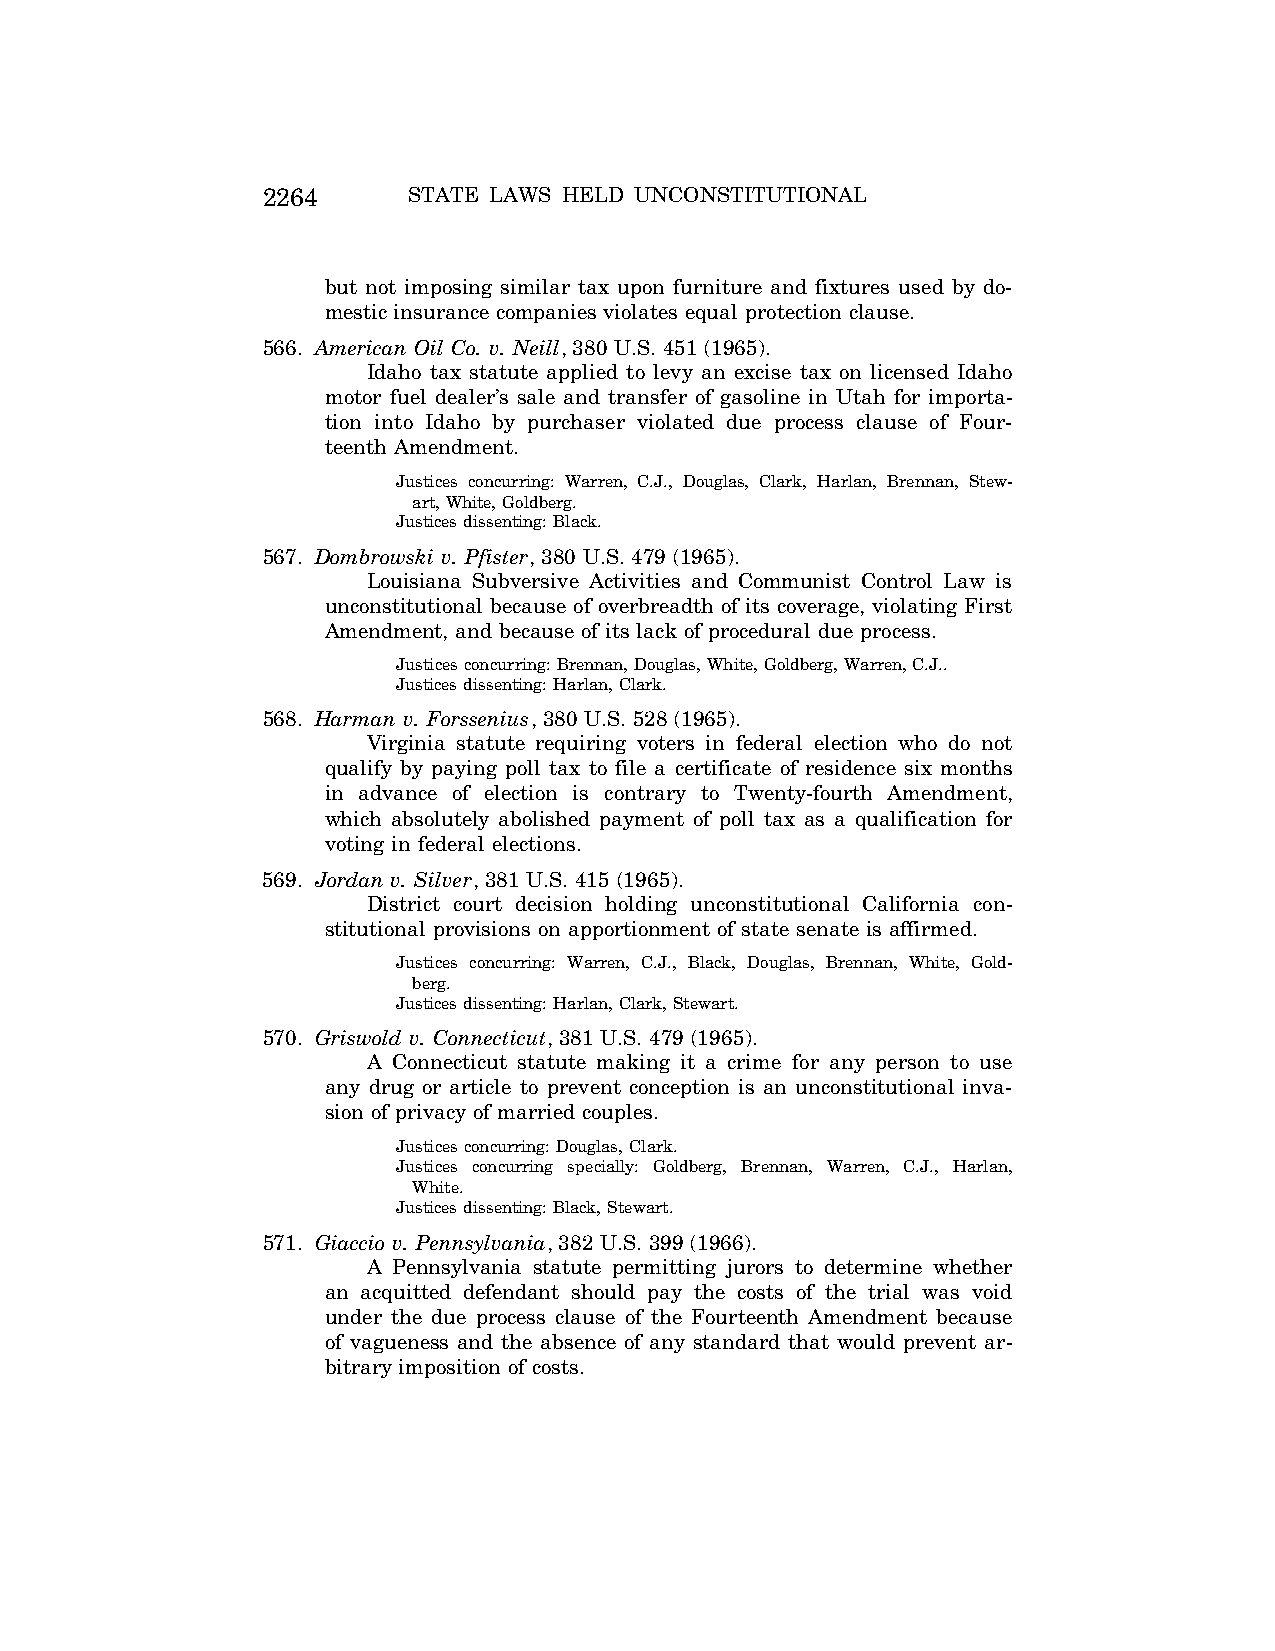
2264      STATE LAWS HELD UNCONSTITUTIONAL
 but not imposing similar tax upon furniture and fixtures used by do-
 mestic insurance companies violates equal protection clause.
 566. American Oil Co. v. Neill, 380 U.S. 451 (1965).
 Idaho tax statute applied to levy an excise tax on licensed Idaho
 motor fuel dealer’s sale and transfer of gasoline in Utah for importa-
 tion into Idaho by purchaser violated due process clause of Four-
 teenth Amendment.
 Justices concurring: Warren, C.J., Douglas, Clark, Harlan, Brennan, Stew-
 art, White, Goldberg.
 Justices dissenting: Black.
 567. Dombrowski v. Pfister, 380 U.S. 479 (1965).
 Louisiana Subversive Activities and Communist Control Law is
 unconstitutional because of overbreadth of its coverage, violating First
 Amendment, and because of its lack of procedural due process.
 Justices concurring: Brennan, Douglas, White, Goldberg, Warren, C.J..
 Justices dissenting: Harlan, Clark.
 568. Harman v. Forssenius, 380 U.S. 528 (1965).
 Virginia statute requiring voters in federal election who do not
 qualify by paying poll tax to file a certificate of residence six months
 in advance of election is contrary to Twenty-fourth Amendment,
 which absolutely abolished payment of poll tax as a qualification for
 voting in federal elections.
 569. Jordan v. Silver, 381 U.S. 415 (1965).
 District court decision holding unconstitutional California con-
 stitutional provisions on apportionment of state senate is affirmed.
 Justices concurring: Warren, C.J., Black, Douglas, Brennan, White, Gold-
 berg.
 Justices dissenting: Harlan, Clark, Stewart.
 570. Griswold v. Connecticut, 381 U.S. 479 (1965).
 A Connecticut statute making it a crime for any person to use
 any drug or article to prevent conception is an unconstitutional inva-
 sion of privacy of married couples.
 Justices concurring: Douglas, Clark.
 Justices concurring specially: Goldberg, Brennan, Warren, C.J., Harlan,
 White.
 Justices dissenting: Black, Stewart.
 571. Giaccio v. Pennsylvania, 382 U.S. 399 (1966).
 A Pennsylvania statute permitting jurors to determine whether
 an acquitted defendant should pay the costs of the trial was void
 under the due process clause of the Fourteenth Amendment because
 of vagueness and the absence of any standard that would prevent ar-
 bitrary imposition of costs.
 VerDate Aug<04>2004 12:57 Aug 23, 2004 Jkt 077500 PO 00000 Frm 00104 Fmt 8222 Sfmt 8222 C:\CONAN\CON064.SGM PRFM99 PsN: CON064